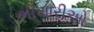
ભીખારીઓ